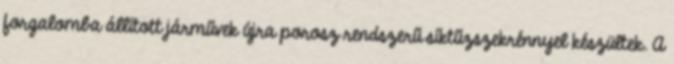
forgalomba állított járművek újra porosz rendszerű síktűzszekrénnyel készültek. A